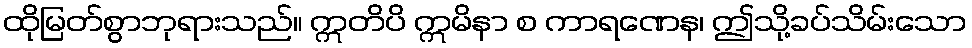
ထိုမြတ်စွာဘုရားသည်။ ဣတိပိ ဣမိနာ စ ကာရဏေန၊ ဤသို့ခပ်သိမ်းသော